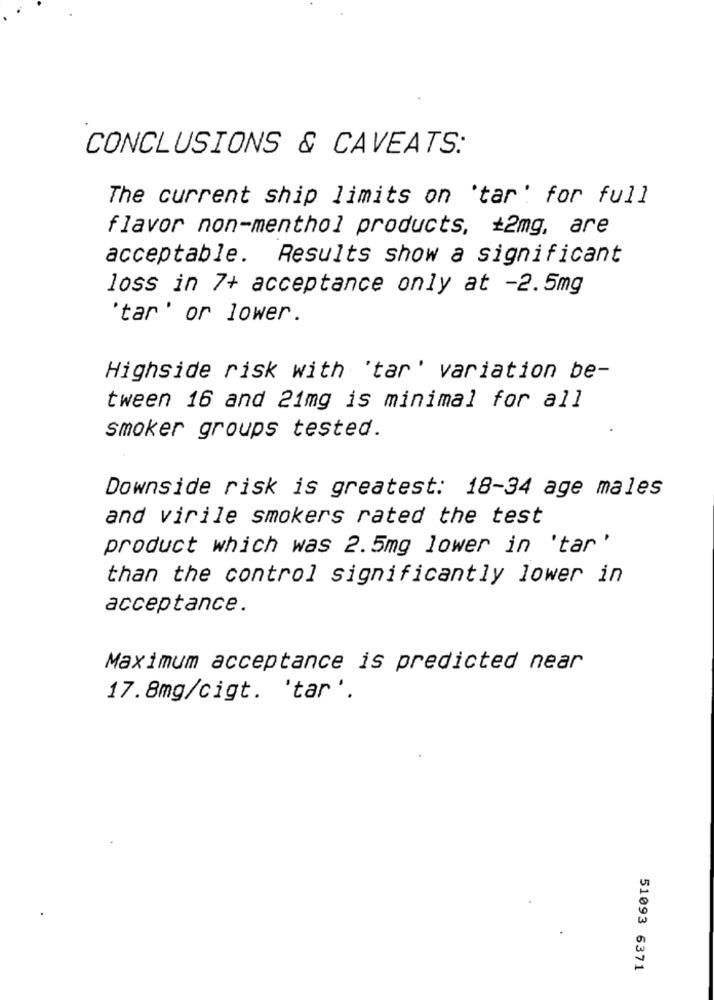
CONCLUSIONS & CAVEATS:
The current ship limits on 'tar' for full
flavor non-menthol products, +2mg, are
acceptable. Results show a significant
loss in 7+ acceptance only at -2.5mg
'tar' or lower.
Highside risk with 'tar' variation be-
tween 16 and 21mg is minimal for all
smoker groups tested.
Downside risk is greatest: 18-34 age males
and virile smokers rated the test
product which was 2.5mg lower in 'tar'
than the control significantly lower in
acceptance.
Maximum acceptance is predicted near
17.8mg/cigt. 'tar '.
51093 6371